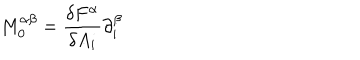
LaTeX: M _ { 0 } ^ { \alpha \beta } = \frac { \delta F ^ { \alpha } } { \delta A _ { i } } \partial _ { i } ^ { \beta }